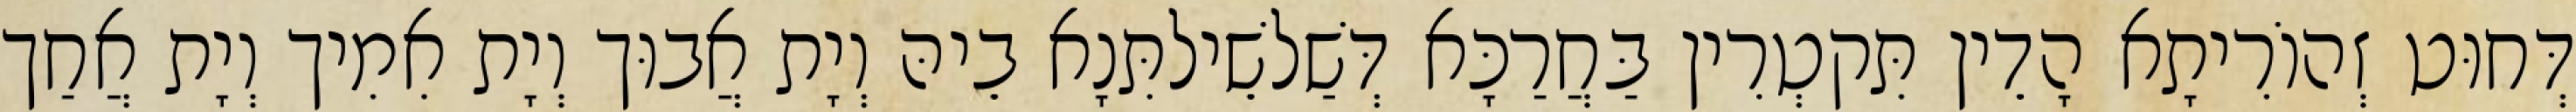
דְּחוּט זְהוֹרִיתָא הָדֵין תִּקטְרִין בַּחֲרַכָּא דְּשַׁלשֵׁילתִּנָא בֵיהּ וְיָת אֲבוּך וְיָת אִמִיך וְיָת אֲחַך